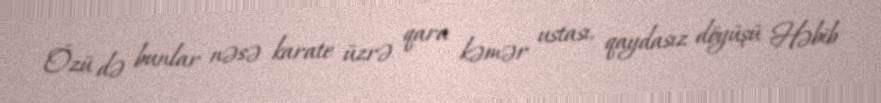
Özü də bunlar nəsə karate üzrə qara kəmər ustası, qaydasız döyüşü Həbib